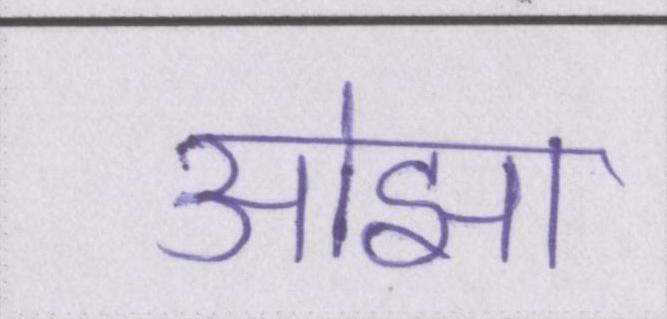
ओझा